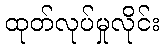
ထုတ်လုပ်မှုလိုင်း